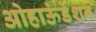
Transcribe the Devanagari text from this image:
ओहाऊंडेशन